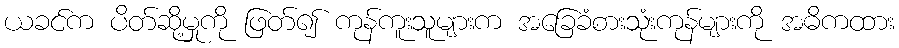
ယခင်က ပိတ်ဆို့မှုကို ဖြတ်၍ ကုန်ကူးသူများက အခြေခံစားသုံးကုန်များကို အဓိကထား